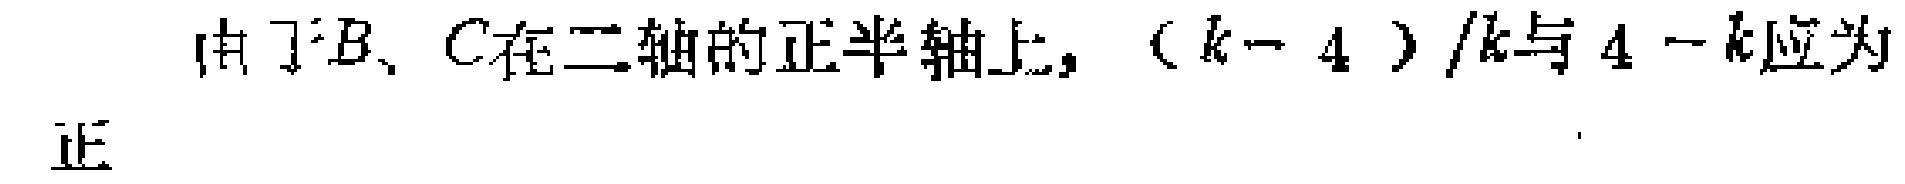
由于B、C在二轴的正半轴上，\((k - 4)/k\)与\(4 - k\)应为正